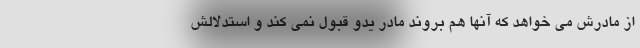
از مادرش می خواهد که آنها هم بروند مادر یدو قبول نمی کند و استدلالش